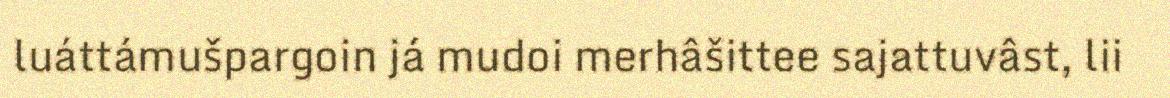
luáttámušpargoin já mudoi merhâšittee sajattuvâst, lii